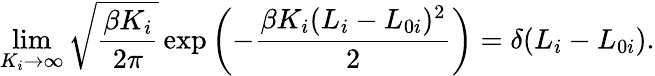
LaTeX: \operatorname*{lim}_{K_{i}\rightarrow\infty}\sqrt{\frac{\beta K_{i}}{2\pi}}\exp{\left(-\frac{\beta K_{i}(L_{i}-L_{0i})^{2}}{2}\right)}=\delta(L_{i}-L_{0i}).